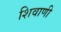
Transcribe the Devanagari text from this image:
शिवाणी